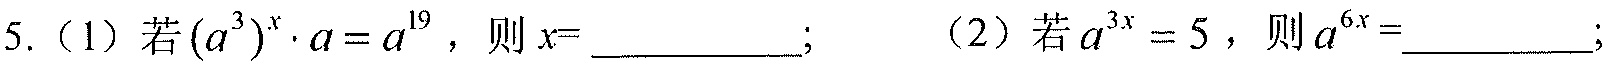
5.（1）若\((a^{3})^{x}\cdot a = a^{19}\)，则\(x = \underline{\quad\quad}\)；（2）若\(a^{3x}=5\)，则\(a^{6x}=\underline{\quad\quad}\)；